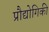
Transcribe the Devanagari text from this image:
प्रौद्योगिकी